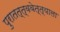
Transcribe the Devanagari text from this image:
पुरातत्त्ववेत्त्याला